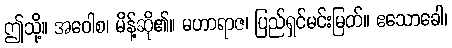
ဤသို့။ အဝေါစ၊ မိန့်ဆို၏။ မဟာရာဇ၊ ပြည်ရှင်မင်းမြတ်။ ဧသောခေါ၊